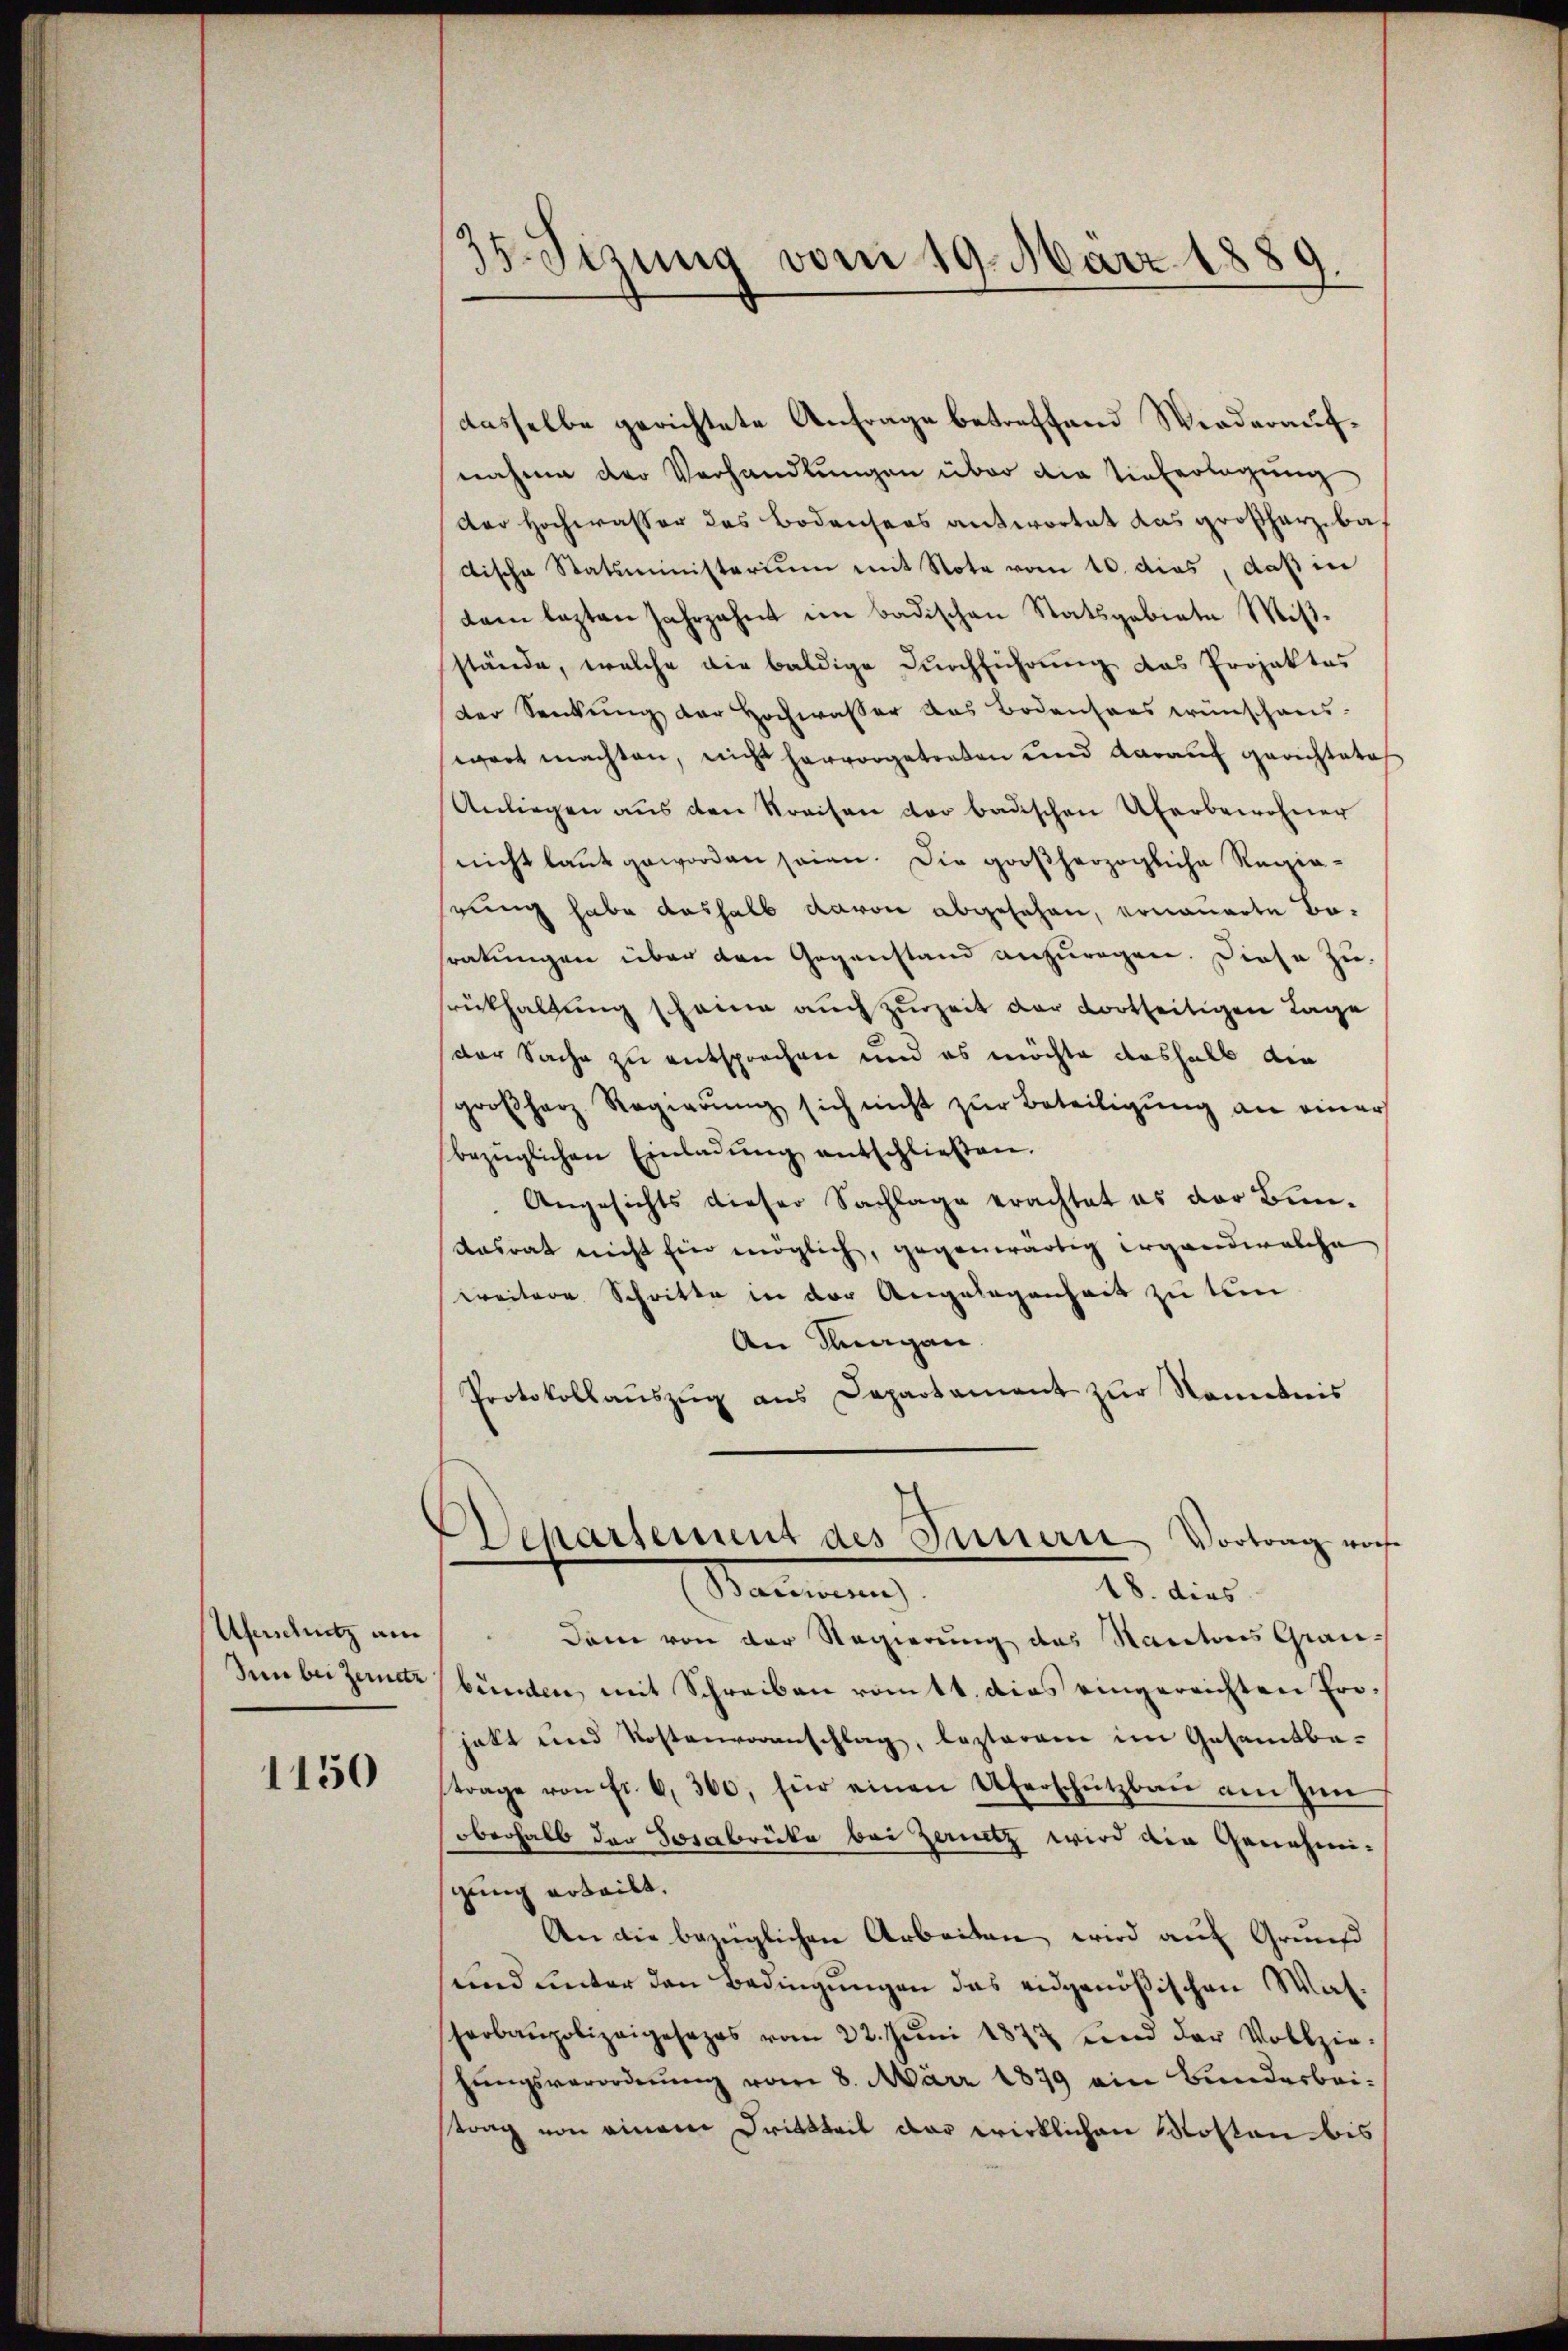
Uferschutz am
Sn bei Zernetz

1150

35. Sirung vom 19. März 1889.

dasselbe gerichtete Anfrage betreffend Wiederaufnahme der Verhandlŭngen über die Tinterlegung
der Hochwasser des Bodensers antwortet das großherziba
dische Statsministerium mit Note vom 10. dies, daß in
dem lezten Jahrzehnt in badischen Statsgebiete Mißstände, welche die baldige Durchführung das Projektes
der Senkung der Hochwasser aus Bodensees wünschaus
gart machten, nicht hervorgetreten und darauf gerichtete
Anliegen aus den Streisen der badischen Überbewohner
nicht laut geworden seien. Die großherzogliche Regierung habe deshalb davon abgesehen, ernauerte Beratungen über den Gegenstand anzuregen. Diese Zu-
rükhaltung schönen auch zurzeit der dortseitigen Lage
der Sache zu entsprochen und es möchte deshalb die
großherz Regierung sich nicht zur Beteiligung an einer
bezüglichen Einladŭng entschließen.
Angesichts dieser Sachlage erachtet es der Bun-
Aasrat nicht ein möglich, gegenwärtig ergandwelche
weitere Schritte in der Angelegenheit zu tem
An Knagan
Protokollaŭszŭg ans Departament zŭr Nominis
Vehartement des Innern Vortrag vorh
18. dies
Stammung
Dam von der Regierung des Rautoris Graubünden, mit Schreiben romtt. dies eingereichten Erojakt und Kostenvoranschlag, lezteren im Gesamtbe-
trage von Fr. 6, 300, für einen Uferschützbaŭ am Zin
oberhalb der Josabrücke bei Zeritz wird ain Genehmigung erteilt.
An die bezüglichen Arbeiten wird auf Grund
und unter den Bedingungen das eidgenößischen Walharbaupolizeigesezes vom 22. Jŭni 1872 und der Vollzie-
hungsverordnung vom 8. März 1879 ein Bunderbeistrag von einem Drittteil der wirklichen Mosten bis